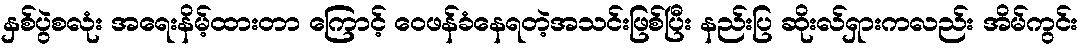
နှစ်ပွဲစလုံး အရေးနိမ့်ထားတာ ကြောင့် ဝေဖန်ခံနေရတဲ့အသင်းဖြစ်ပြီး နည်းပြ ဆိုးလ်ရှားကလည်း အိမ်ကွင်း